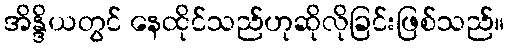
အိန္ဒိယတွင် နေထိုင်သည်ဟုဆိုလိုခြင်းဖြစ်သည်။